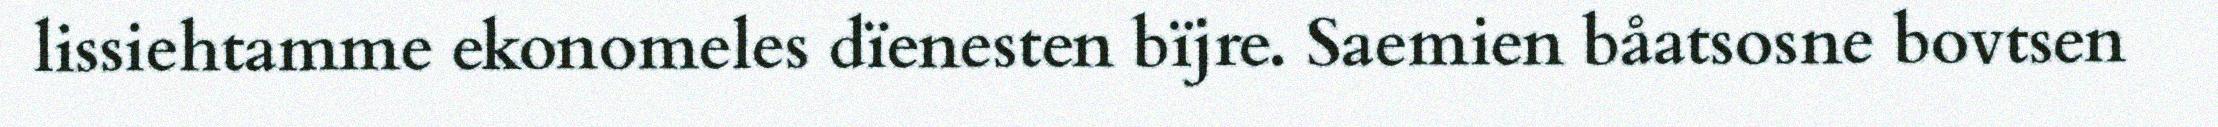
lissiehtamme ekonomeles dïenesten bïjre. Saemien båatsosne bovtsen